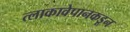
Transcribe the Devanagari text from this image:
त्लाकावेपानकडून